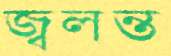
জ্বলন্ত